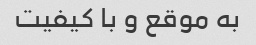
به موقع و با کیفیت